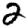
Digit: 2